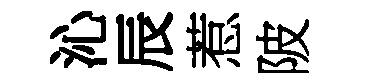
沁辰惹陂